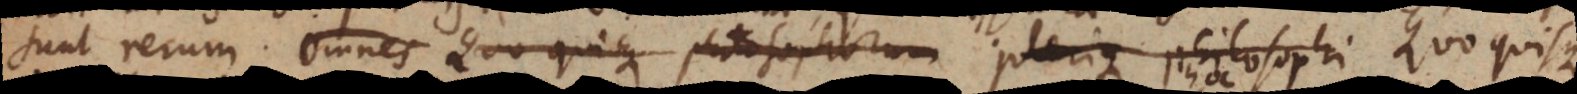
sunt rerum. Omnes Quo quisque philosophorum Plerique philosophi Quo quisqu